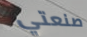
صنعتي